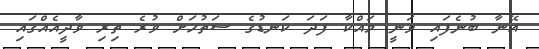
އޭނާ ބުނެފައި ވަނީ މައްކާ ފަދަ ކަނޑުގެ ސަތުހަށް ވުރެ ތިރި ވާދީއެއްގައި